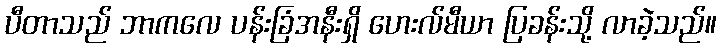
ပီတာသည် ဘာကလေ ပန်းခြံအနီးရှိ ဟေးလ်မီယာ ပြခန်းသို့ လာခဲ့သည်။